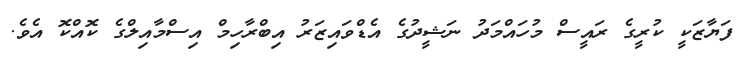
ފަޔާޒަކީ ކުރީގެ ރައީސް މުހައްމަދު ނަޝީދުގެ އެޑްވައިޒަރު އިބްރާހިމް އިސްމާއިލްގެ ކޮއްކޮ އެވެ.